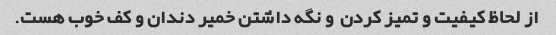
از لحاظ کیفیت و تمیز کردن  و نگه داشتن خمیر دندان و کف خوب هست.